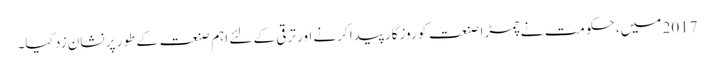
2017 میں، حکومت نے چمڑا صنعت کو روزگار پیدا کرنے اور ترقی کے لئے اہم صنعت کے طور پر نشان زد کیا۔